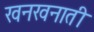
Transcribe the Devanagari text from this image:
खनखनाती